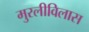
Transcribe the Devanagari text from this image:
मुरलीविलास